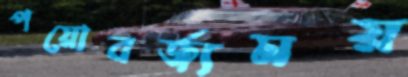
পয়োবর্জ্যময়